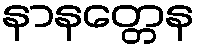
နာနတ္တေန